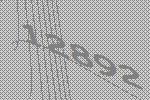
12892